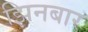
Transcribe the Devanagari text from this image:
झिनबार